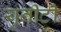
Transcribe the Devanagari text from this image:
युनीटी